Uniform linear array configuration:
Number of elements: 64
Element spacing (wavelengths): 0.75
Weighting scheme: hann
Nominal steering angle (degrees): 30
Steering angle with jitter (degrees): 29.848
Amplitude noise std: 0.05
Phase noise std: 0.05

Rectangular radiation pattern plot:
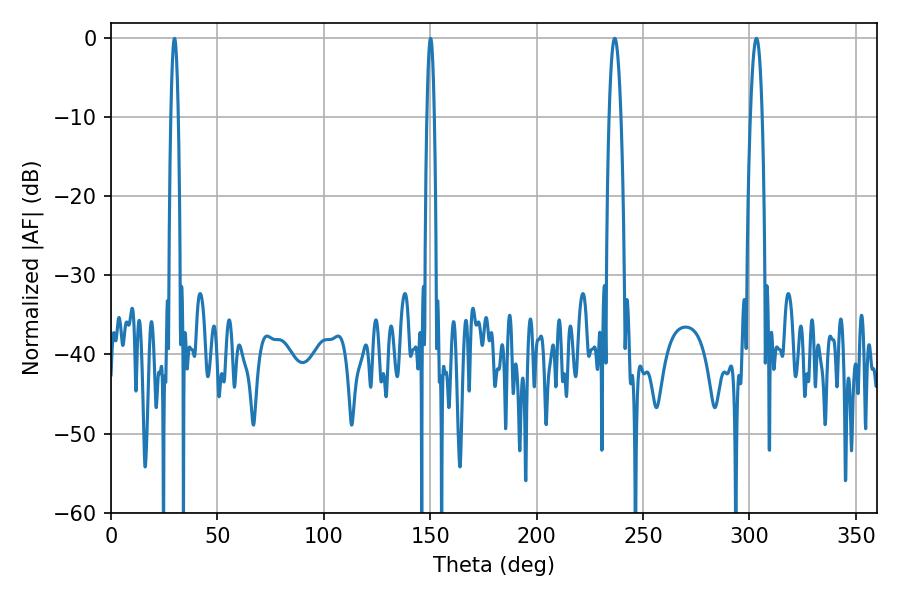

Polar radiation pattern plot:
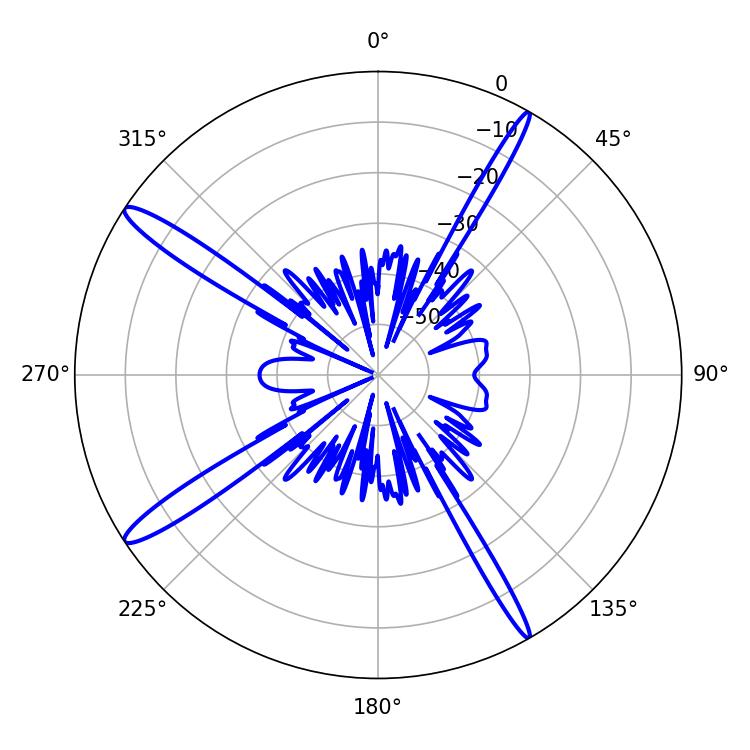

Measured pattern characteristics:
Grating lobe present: TRUE
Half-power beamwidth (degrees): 3.06
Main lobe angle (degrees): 303.3